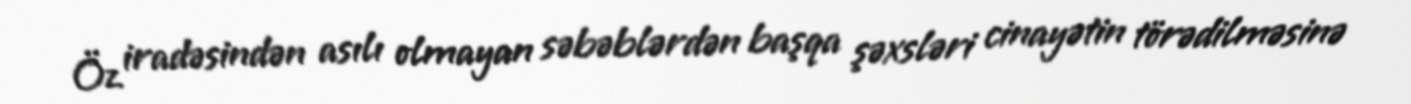
Öz iradəsindən asılı olmayan səbəblərdən başqa şəxsləri cinayətin törədilməsinə